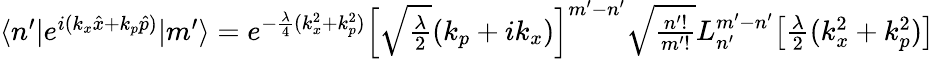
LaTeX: \begin{array}{r}{\langle n^{\prime}|e^{i(k_{x}\hat{x}+k_{p}\hat{p})}|m^{\prime}\rangle=e^{-\frac{\lambda}{4}(k_{x}^{2}+k_{p}^{2})}\Big[\sqrt{\frac{\lambda}{2}}(k_{p}+ik_{x})\Big]^{m^{\prime}-n^{\prime}}\sqrt{\frac{n^{\prime}!}{m^{\prime}!}}L_{n^{\prime}}^{m^{\prime}-n^{\prime}}\big[\frac{\lambda}{2}(k_{x}^{2}+k_{p}^{2})\big]}\end{array}